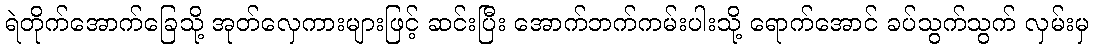
ရဲတိုက်အောက်ခြေသို့ အုတ်လှေကားများဖြင့် ဆင်းပြီး အောက်ဘက်ကမ်းပါးသို့ ရောက်အောင် ခပ်သွက်သွက် လှမ်းမှ